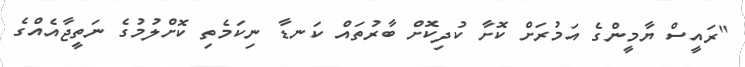
"ރައީސް ޔާމީންގެ އަމުރަށް ކޮށާ ކުދިކޮށް ބާރުތައް ކަނޑާ ނިކަމެތި ކޮށްލުމުގެ ނަތީޖާއެއްގެ